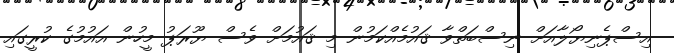
އިސްޕެނިޔޯލާއަށް ނިސްބަތްވާ ޤައުމެއްކަމުން މި ޤައުމަށް ވެސް ޔޫރަޕު މީހުން އައުމުގެ ކުރީގައި